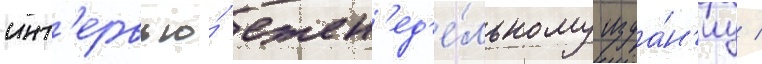
инт'ервью́ ежен'ед'е́льному изда́н'иу /